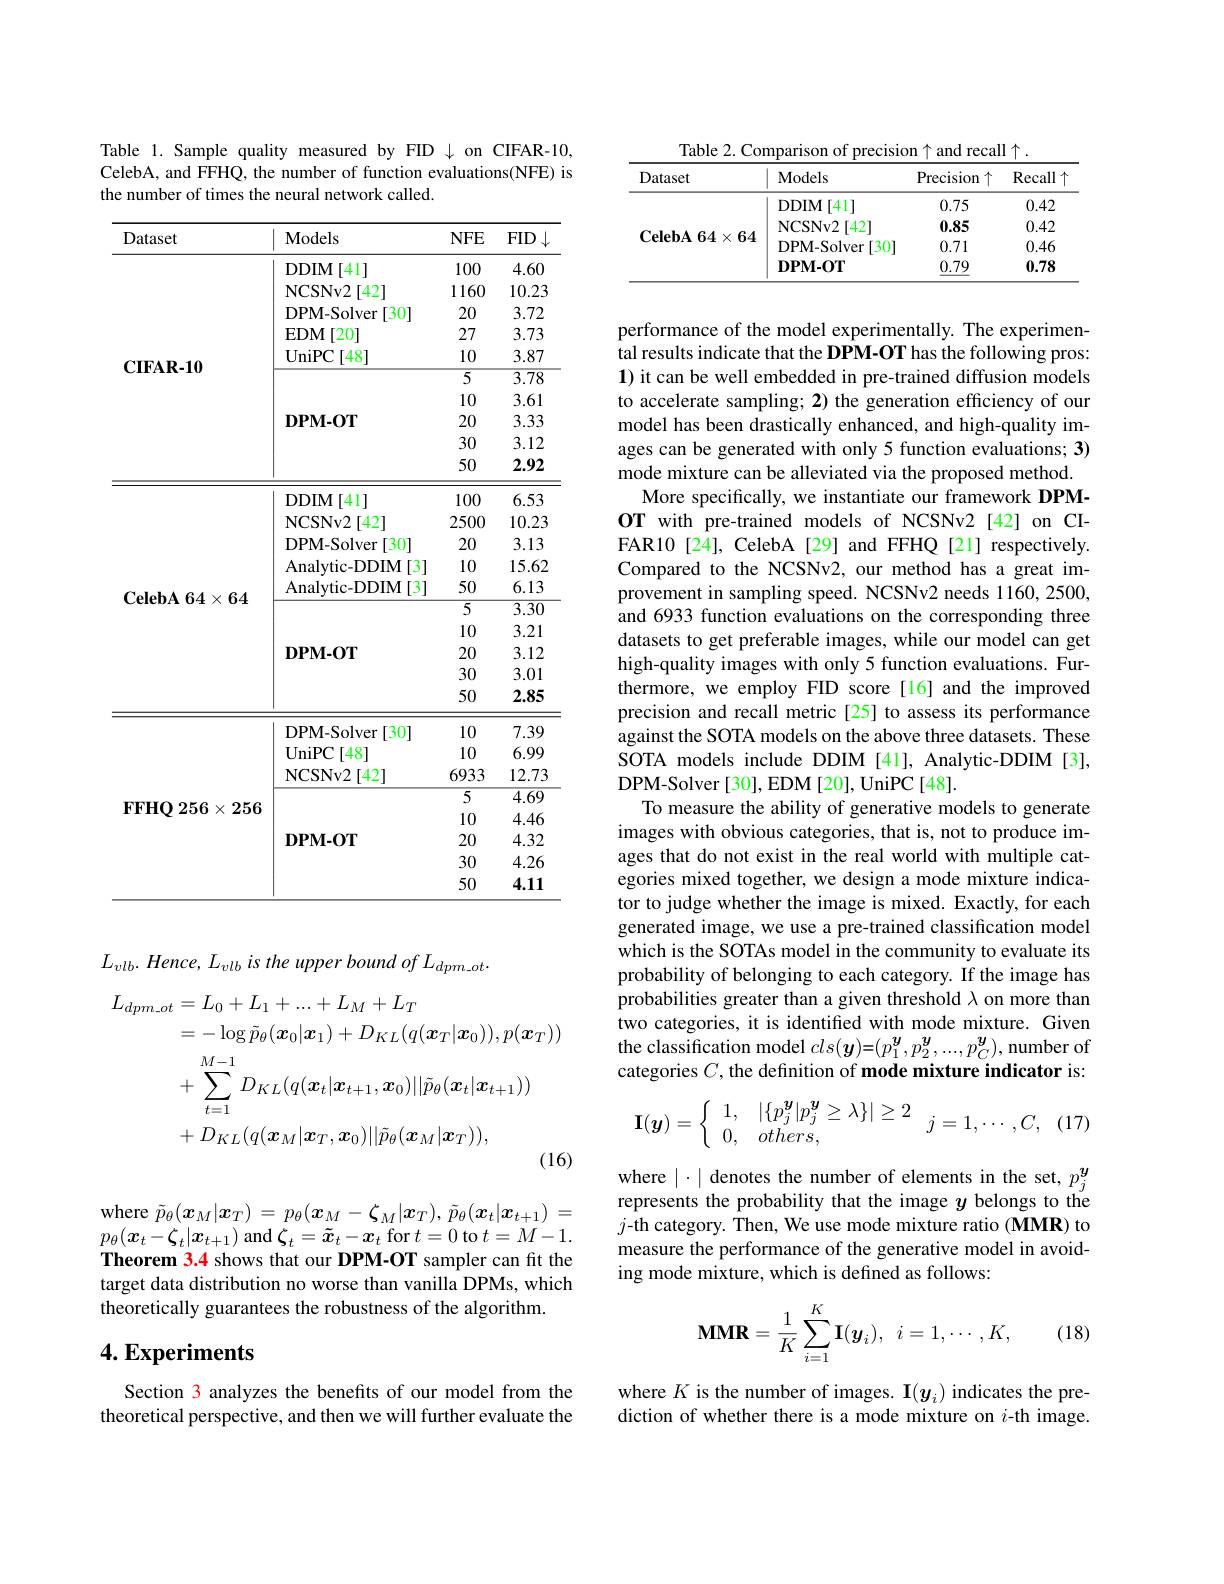
Table 1. Sample quality measured by FID $\downarrow$ on CIFAR-10, CelebA, and FFHQ, the number of function evaluations(NFE) is the number of times the neural network called

<table>
	<tbody>
		<tr>
			<th>Dataset</th>
			<th>Models</th>
			<th>$NFE$</th>
			<th>$FID$</th>
		</tr>
		<tr>
			<td rowspan="10">$\mathbf{CIFAR-10}$</td>
			<td>DDIM [41]</td>
			<td>100</td>
			<td>4.60</td>
		</tr>
		<tr>
			<td>NCSNv2 $[42^{\cdot}]$</td>
			<td>1160</td>
			<td>10.23</td>
		</tr>
		<tr>
			<td>DPM-Solver [30]</td>
			<td>20</td>
			<td>3.72</td>
		</tr>
		<tr>
			<td>$\mathbf{EDM}$ [20]</td>
			<td>27</td>
			<td>3.73</td>
		</tr>
		<tr>
			<td>$\mathbf{UniPC}$ $[48^{.}$</td>
			<td>10</td>
			<td>3.87</td>
		</tr>
		<tr>
			<td> </td>
			<td>$\overline{5}$</td>
			<td>$\overline{3.78}$</td>
		</tr>
		<tr>
			<td> </td>
			<td>10</td>
			<td>3.61</td>
		</tr>
		<tr>
			<td>$\mathbf{DPM-OT}$</td>
			<td>20</td>
			<td>3.33</td>
		</tr>
		<tr>
			<td> </td>
			<td>30</td>
			<td>3.12</td>
		</tr>
		<tr>
			<td> </td>
			<td>50</td>
			<td>2.92</td>
		</tr>
		<tr>
			<td> </td>
			<td>DDIM [41]</td>
			<td>100</td>
			<td>6.53</td>
		</tr>
		<tr>
			<td> </td>
			<td>NCSNv2 $[42^{\cdot}]$</td>
			<td>2500</td>
			<td>10.23</td>
		</tr>
		<tr>
			<td> </td>
			<td>DPM- Solver [30]</td>
			<td>20</td>
			<td>3.13</td>
		</tr>
		<tr>
			<td rowspan="8">$\mathbf{CelebA}64\times64$</td>
			<td>Analytic- DDIM [3]</td>
			<td>10</td>
			<td>15.62</td>
		</tr>
		<tr>
			<td>Analytic- DDIM [3]</td>
			<td>50</td>
			<td>6.13</td>
		</tr>
		<tr>
			<td> </td>
			<td>$\overline{5}$</td>
			<td>$\overline{3.30}$</td>
		</tr>
		<tr>
			<td> </td>
			<td>10</td>
			<td>3.21</td>
		</tr>
		<tr>
			<td>$\mathbf{DPM-OT}$</td>
			<td>20</td>
			<td>3.12</td>
		</tr>
		<tr>
			<td> </td>
			<td>30</td>
			<td>3.01</td>
		</tr>
		<tr>
			<td> </td>
			<td>50</td>
			<td>2.85</td>
		</tr>
		<tr>
			<td>DPM-Solver [30] T</td>
			<td>10</td>
			<td>7.39</td>
		</tr>
		<tr>
			<td rowspan="7">$\mathbf{FFHQ}256\times256$</td>
			<td>$\mathbf{UniPC}$ [48]</td>
			<td>10</td>
			<td>6.99</td>
		</tr>
		<tr>
			<td>NCSNv2 [42]</td>
			<td>6933</td>
			<td>12.73</td>
		</tr>
		<tr>
			<td rowspan="5">$\mathbf{DPM-OT}$</td>
			<td>$\overline{5}$</td>
			<td>$\overline{4.69}$</td>
		</tr>
		<tr>
			<td>10</td>
			<td>4.46</td>
		</tr>
		<tr>
			<td>20</td>
			<td>4.32</td>
		</tr>
		<tr>
			<td>30</td>
			<td>4.26</td>
		</tr>
		<tr>
			<td>50</td>
			<td>4.11</td>
		</tr>
	</tbody>
</table>

$L_{vlb}.\textit{Hence, L}_{vlb}\textit{is the upper bound of L}_{dpm\_ot}.$
$$\begin{aligned}L_{dpm_ot}&=L_{0}+L_{1}+...+L_{M}+L_{T}\\&=-\log\tilde{p}_{\theta}(\boldsymbol{x}_{0}|\boldsymbol{x}_{1})+D_{KL}(q(\boldsymbol{x}_{T}|\boldsymbol{x}_{0})),p(\boldsymbol{x}_{T}))\\&+\sum_{t=1}^{M-1}D_{KL}(q(\boldsymbol{x}_{t}|\boldsymbol{x}_{t+1},\boldsymbol{x}_{0})||\tilde{p}_{\theta}(\boldsymbol{x}_{t}|\boldsymbol{x}_{t+1}))\\&+D_{KL}(q(\boldsymbol{x}_{M}|\boldsymbol{x}_{T},\boldsymbol{x}_{0})||\tilde{p}_{\theta}(\boldsymbol{x}_{M}|\boldsymbol{x}_{T})),\end{aligned}$$
where $\tilde{p} _\theta ( x_M| \boldsymbol{x}_T)$ = $p_\theta ( \boldsymbol{x}_M- \boldsymbol{\zeta }_M| \boldsymbol{x}_T) $, $\tilde{p} _\theta ( \boldsymbol{x}_t| \boldsymbol{x}_{t+ 1})$ = $p_{\theta}(\boldsymbol{x}_{t}-\boldsymbol{\zeta}_{t}|\boldsymbol{x}_{t+1})$ and $\boldsymbol{\zeta}_t=\tilde{\boldsymbol{x}}_t-\boldsymbol{x}_t$ for $t=0$ to $t=M-1.$ Theorem 3.4 shows that our DPM-OT sampler can fit the target data distribution no worse than vanilla DPMs, which theoretically guarantees the robustness of the algorithm.

## $4. \textbf{Experiments}$

Section 3 analyzes the benefits of our model from the theoretical perspective, and then we will further evaluate the

Table 2. Comparison of
recall
<table>
	<tbody>
		<tr>
			<th>Dataset</th>
			<th>Models</th>
			<th>Precision 个</th>
			<th>Recall</th>
		</tr>
		<tr>
			<td rowspan="4">$\mathbf{CelebA}64\times64$</td>
			<td>DDIM [41]</td>
			<td>0.75</td>
			<td>0.42</td>
		</tr>
		<tr>
			<td>NCSNv2 $42^{\prime}$</td>
			<td>0.85</td>
			<td>0.42</td>
		</tr>
		<tr>
			<td>DPM-Solver [30]</td>
			<td>0.71</td>
			<td>0.46</td>
		</tr>
		<tr>
			<td>$\mathbf{DPM-OT}$</td>
			<td>0.79</td>
			<td>0.78</td>
		</tr>
	</tbody>
</table>

performance of the model experimentally. The experimental results indicate that the DPM-OT has the following pros: 1) it can be well embedded in pre-trained diffusion models to accelerate sampling; 2) the generation efficiency of our model has been drastically enhanced, and high-quality images can be generated with only 5 function evaluations; 3) mode mixture can be alleviated via the proposed method.
More specifically, we instantiate our framework DPMOT with pre-trained models of NCSNv2[42] on CIFAR10[24], CelebA[29] and FFHQ [21] respectively. Compared to the NCSNv2, our method has a great improvement in sampling speed. NCSNv2 needs 1160, 2500, and 6933 function evaluations on the corresponding three datasets to get preferable images, while our model can get high-quality images with only 5 function evaluations. Furthermore, we employ FID score[16] and the improved precision and recall metric [25] to assess its performance against the SOTA models on the above three datasets. These SOTA models include DDIM [41], Analytic-DDIM [3], DPM-Solver [30], EDM [20], UniPC [48].
To measure the ability of generative models to generate images with obvious categories, that is, not to produce images that do not exist in the real world with multiple categories mixed together, we design a mode mixture indicator to judge whether the image is mixed. Exactly, for each generated image, we use a pre-trained classification model which is the SOTAs model in the community to evaluate its probability of belonging to each category. If the image has probabilities greater than a given threshold $\lambda$ on more than two categories, it is identified with mode mixture. Given the classification model $cls(\boldsymbol{y})=(p_1^{\boldsymbol{y}},p_2^{\boldsymbol{y}},...,p_C^{\boldsymbol{y}})$, number of categories $C$, the definition of mode mixture indicator is:
$$\mathbf{I}(\boldsymbol{y})=\left\{\begin{array}{ll}1,&|\{p_j^{\boldsymbol{y}}|p_j^{\boldsymbol{y}}\geq\lambda\}|\geq2\\0,&others,\end{array}\right.\quad j=1,\cdots,C,$$
where $|\cdot|$ denotes the number of elements in the set, $p_j^{\boldsymbol{y}}$ represents the probability that the image $y$ belongs to the $j$-th category. Then, We use mode mixture ratio (MMR) to measure the performance of the generative model in avoiding mode mixture, which is defined as follows:
$$\mathbf{MMR}=\dfrac{1}{K}\sum_{i=1}^{K}\mathbf{I}(\boldsymbol{y}_{i}),\:i=1,\cdots,K,$$
(18)

where $K$ is the number of images. I$(y_i)$ indicates the prediction of whether there is a mode mixture on $i$-th image.